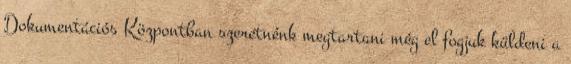
Dokumentációs Központban szeretnénk megtartani még el fogjuk küldeni a